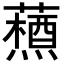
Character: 𮒞